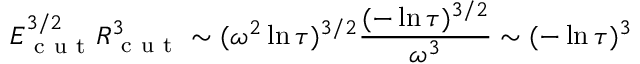
E _ { \mathrm { ~ c ~ u ~ t ~ } } ^ { 3 / 2 } R _ { \mathrm { ~ c ~ u ~ t ~ } } ^ { 3 } \sim ( \omega ^ { 2 } \ln { \tau } ) ^ { 3 / 2 } \frac { ( - \ln { \tau } ) ^ { 3 / 2 } } { \omega ^ { 3 } } \sim ( - \ln { \tau } ) ^ { 3 }